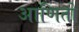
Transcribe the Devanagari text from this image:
आणितो